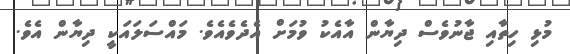
މުޅި ހިތާއި ޖާނުވެސް ދިޔާން އާއެކު ވުމަށް އެދެވެއެވެ. މައްސަލައަކީ ދިޔާން އެވެ.